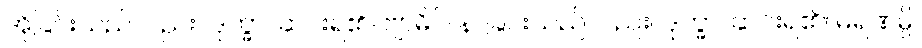
အိုခြင်းသည်လည်း။ ဒုက္ခာ၊ ဆင်းရဲ၏။ ဗျာဓိပိ၊ နာခြင်းသည်လည်း။ ဒုက္ခာ၊ ဆင်းရဲ၏။ မရဏမ္ပိ၊